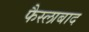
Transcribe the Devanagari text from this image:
फैस्लाबाद